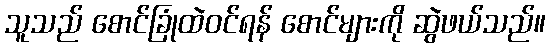
သူသည် စောင်ခြုံထဲဝင်ရန် စောင်များကို ဆွဲဖယ်သည်။